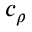
c _ { \rho }